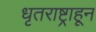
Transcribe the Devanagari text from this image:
धृतराष्ट्राहून